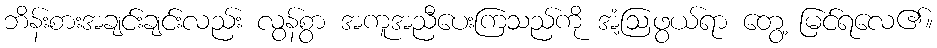
ဘိန်းစားအချင်းချင်းလည်း လွန်စွာ အကူအညီပေးကြသည်ကို အံ့ဩဖွယ်ရာ တွေ့ မြင်ရလေ၏။